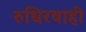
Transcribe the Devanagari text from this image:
रुधिरवाही